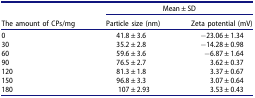
<table><thead><tr><td><b> </b></td><td colspan="2"><b>Mean ± SD</b></td></tr><tr><td><b>The amount of CPs/mg</b></td><td><b>Particle size (nm)</b></td><td><b>Zeta potential (mV)</b></td></tr></thead><tbody><tr><td>0</td><td>41.8 ± 3.6</td><td>−23.06 ± 1.34</td></tr><tr><td>30</td><td>35.2 ± 2.8</td><td>−14.28 ± 0.98</td></tr><tr><td>60</td><td>59.6 ± 3.6</td><td>−6.87 ± 1.64</td></tr><tr><td>90</td><td>76.5 ± 2.7</td><td>3.62 ± 0.37</td></tr><tr><td>120</td><td>81.3 ± 1.8</td><td>3.37 ± 0.67</td></tr><tr><td>150</td><td>96.8 ± 3.3</td><td>3.07 ± 0.64</td></tr><tr><td>180</td><td>107 ± 2.93</td><td>3.53 ± 0.43</td></tr></tbody></table>